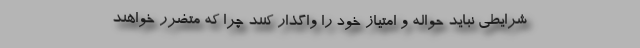
شرايطي نبايد حواله و امتياز خود را واگذار كنند چرا كه متضرر خواهند